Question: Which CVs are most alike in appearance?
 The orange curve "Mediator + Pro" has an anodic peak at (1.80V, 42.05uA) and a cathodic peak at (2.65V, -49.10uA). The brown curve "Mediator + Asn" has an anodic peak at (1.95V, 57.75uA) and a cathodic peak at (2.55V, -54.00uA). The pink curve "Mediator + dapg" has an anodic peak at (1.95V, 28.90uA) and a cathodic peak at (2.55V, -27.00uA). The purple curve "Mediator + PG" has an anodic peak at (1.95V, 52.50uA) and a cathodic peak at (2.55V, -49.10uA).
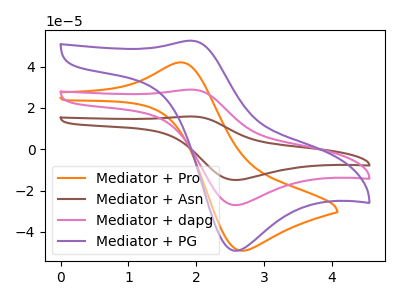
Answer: <think>"Mediator + Pro" and "Mediator + Asn" have at least one peak that do not match. "Mediator + Pro" and "Mediator + dapg" have at least one peak that do not match. "Mediator + Pro" and "Mediator + PG" have at least one peak that do not match. All the peaks in "Mediator + Asn" have a peak in "Mediator + dapg" at the same potential. Every peak in "Mediator + Asn" is higher than every peak in "Mediator + dapg". All the peaks in "Mediator + Asn" have a peak in "Mediator + PG" at the same potential. Every peak in "Mediator + Asn" is higher than every peak in "Mediator + PG". All the peaks in "Mediator + dapg" have a peak in "Mediator + PG" at the same potential. Every peak in "Mediator + dapg" is lower than every peak in "Mediator + PG".
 </think>
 <answer>"Mediator + PG", "Mediator + Asn" and "Mediator + dapg" have the same shape and are likely CV's of the same chemical.</answer>
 <eval>"Mediator + PG" "Mediator + Asn" "Mediator + dapg"</eval>